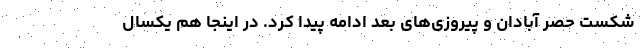
شکست حصر آبادان و پیروزی‌های بعد ادامه پیدا کرد. در اینجا هم یکسال